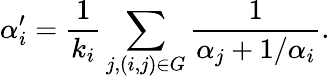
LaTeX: \alpha_{i}^{\prime}=\frac{1}{k_{i}}\sum_{j,(i,j)\in G}\frac{1}{\alpha_{j}+1/\alpha_{i}}.